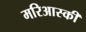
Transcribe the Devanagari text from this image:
मरिआस्की